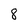
Character: 8